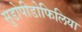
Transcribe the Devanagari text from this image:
सुडोपीडोफिलिया